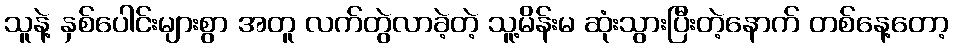
သူနဲ့ နှစ်ပေါင်းများစွာ အတူ လက်တွဲလာခဲ့တဲ့ သူ့မိန်းမ ဆုံးသွားပြီးတဲ့နောက် တစ်နေ့တော့